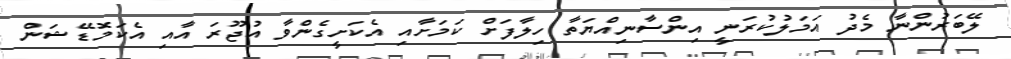
ލޭބަރުންނާ މެދު އަމަލުކުރަނީ އިންސާނިއްޔަތާ ހިލާފަށް ކަމަށާއި އެކަށީގެންވާ އުޖޫރަ އާއި އެކަމޮޑޭޝަން